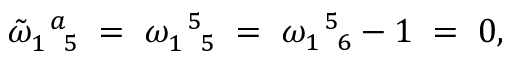
\tilde { \omega } _ { 1 \enskip 5 } ^ { \enskip a } \; = \; \omega _ { 1 \enskip 5 } ^ { \enskip 5 } \; = \; \omega _ { 1 \enskip 6 } ^ { \enskip 5 } - 1 \; = \; 0 ,